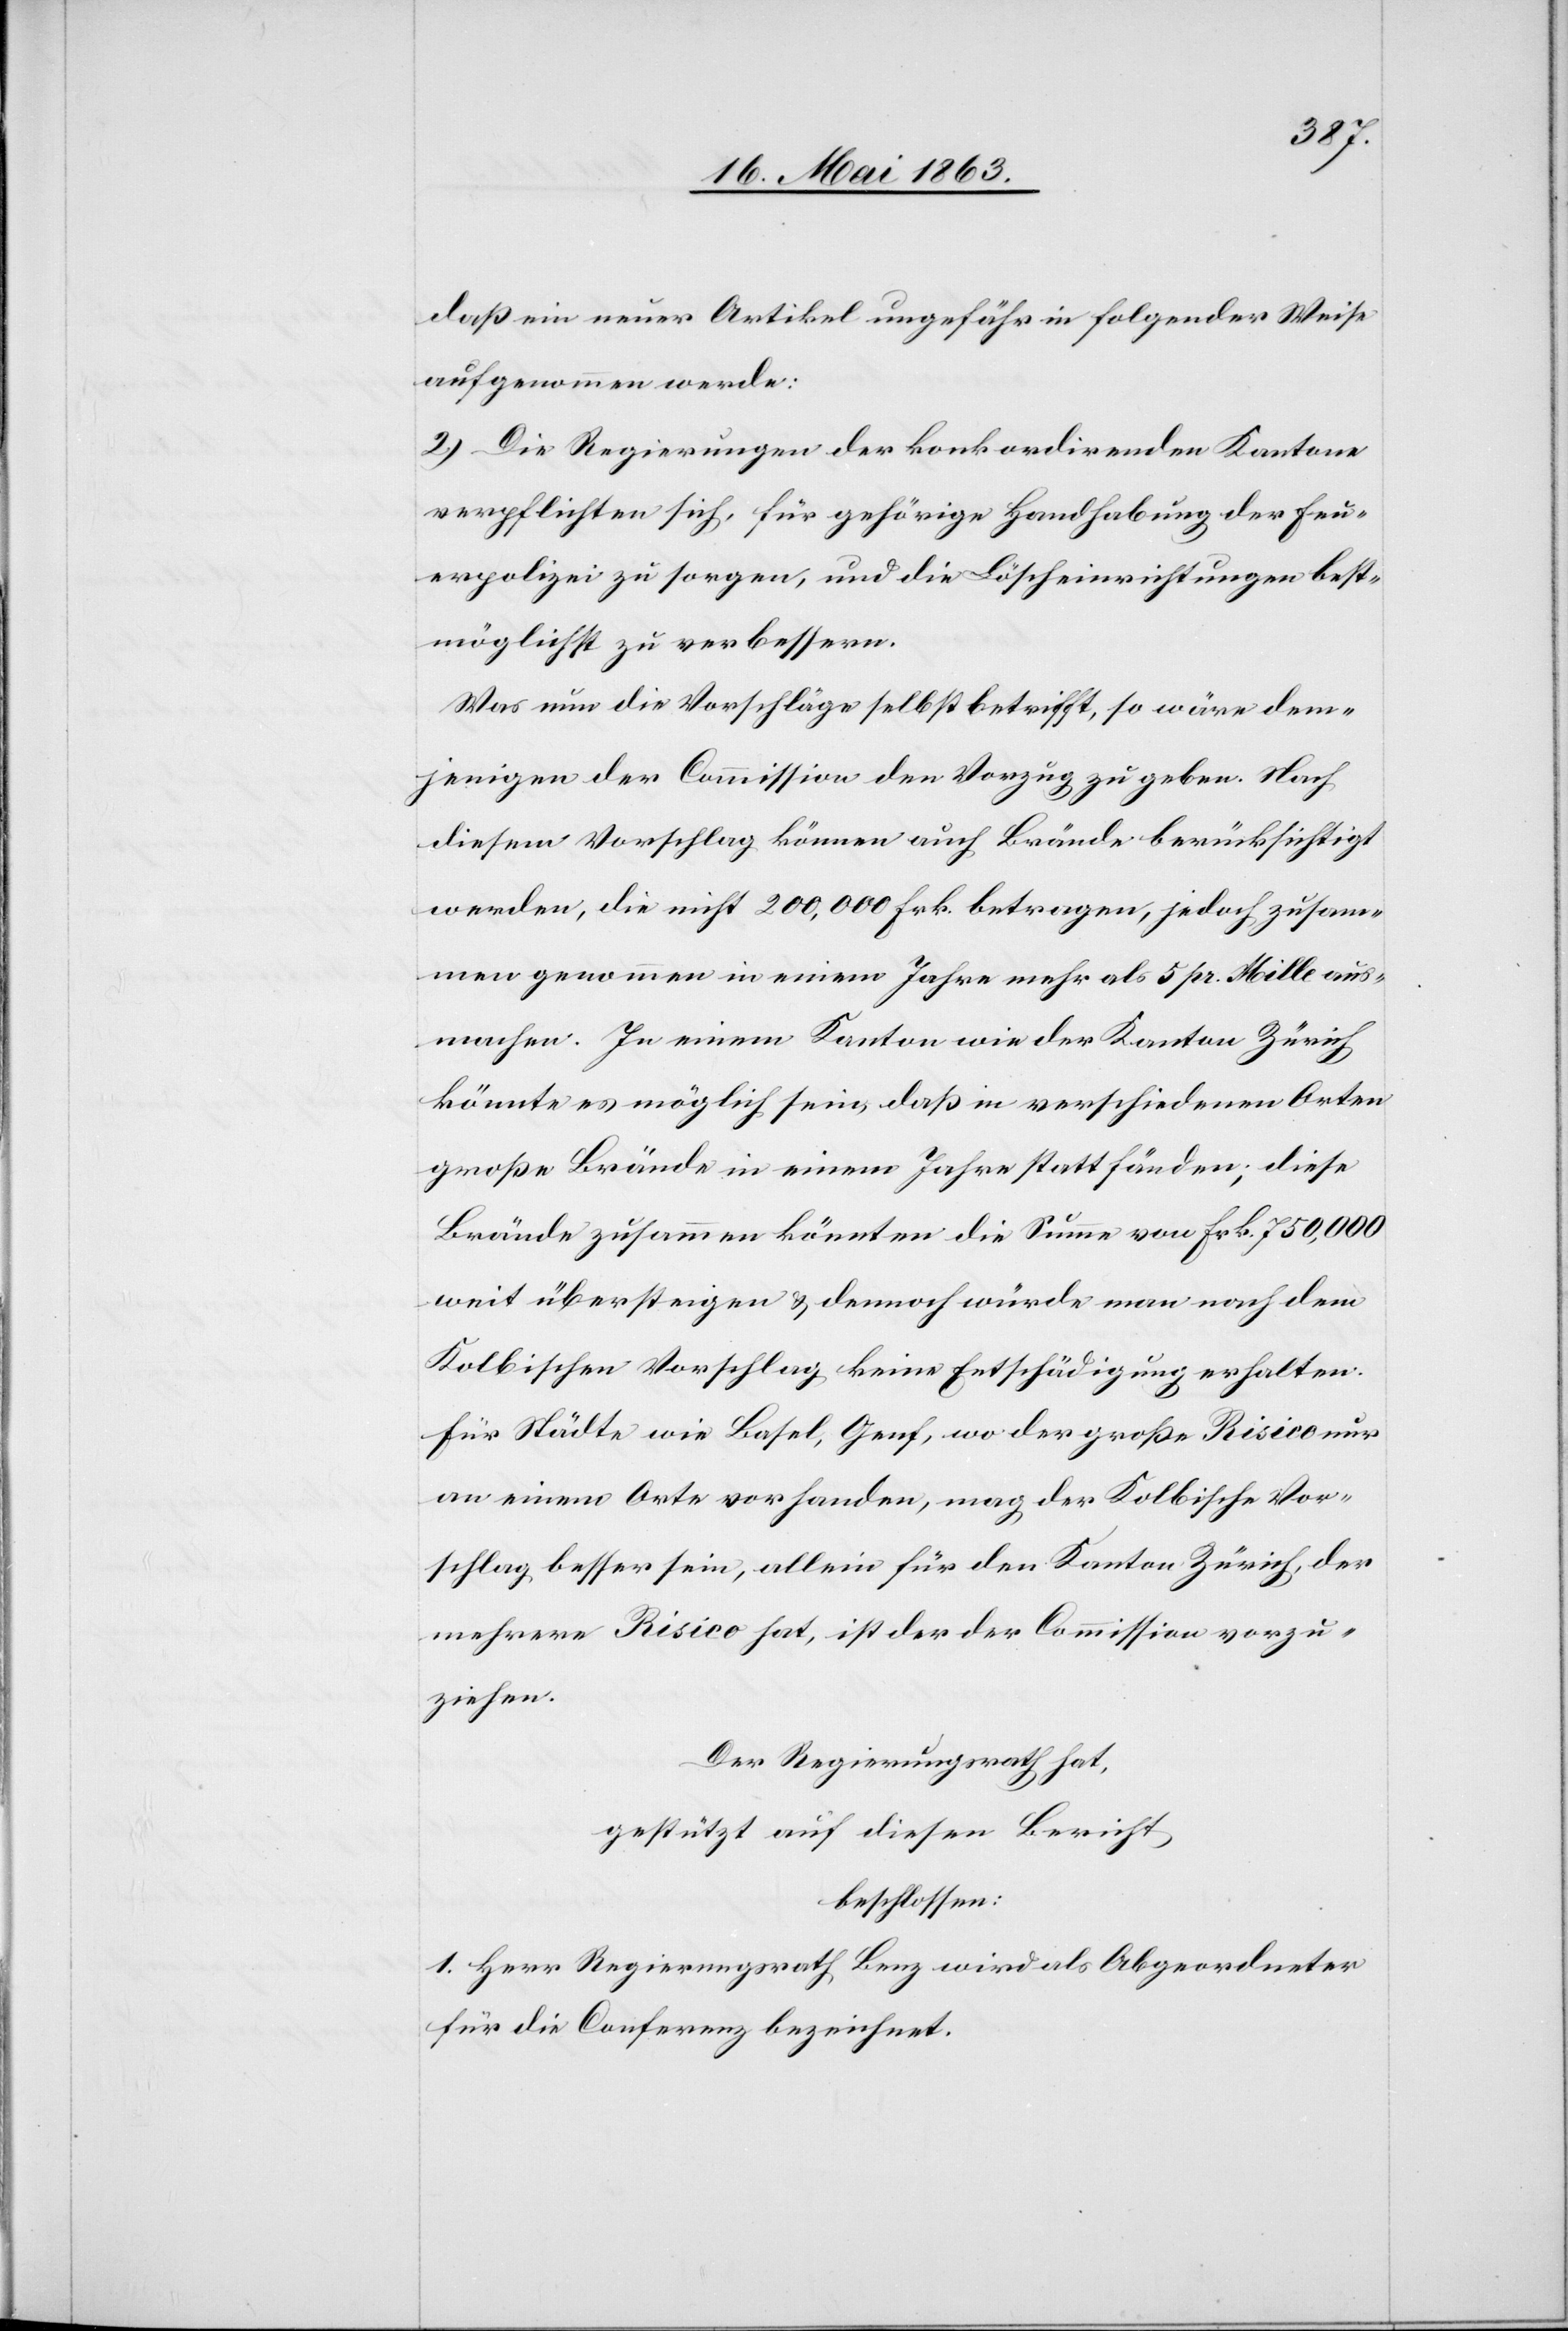
daß ein neuer Artikel ungefähr in folgender Weise
aufgenommen werde:
2.) Die Regierungen der konkordirenden Kantone
verpflichten sich, für gehörige Handhabung der Feu¬
erpolizei zu sorgen, und die Löscheinrichtungen best¬
möglichst zu verbessern.
Was nun die Vorschläge selbst betrifft, so wäre dem¬
jenigen der Commission den Vorzug zu geben. Nach
diesem Vorschlag können auch Brände berücksichtigt
werden, die nicht 200,000 Frk. betragen, jedoch zusam¬
men genommen in einem Jahre mehr als 5 pr. Mille aus¬
machen. In einem Kantone wie der Kanton Zürich
könnte es möglich sein, daß in verschiedenen Orten
große Brände in einem Jahre statt fänden; diese
Brände zusammen könnten die Summe von Frk. 750,000
weit übersteigen & dennoch würde man nach dem
Kolbischen Vorschlag keine Entschädigung erhalten.
Für Städte wie Basel, Genf, wo der große Risico nur
an einem Orte vorhanden, mag der Kolbische Vor¬
schlag besser sein, allein für den Kanton Zürich, der
mehrere Risico hat, ist der der Commission vorzu¬
ziehen.
Der Regierungsrath hat,
gestützt auf diesen Bericht
beschlossen:
1. Herr Regierungsrath Benz wird als Abgeordneter
für die Conferenz bezeichnet.